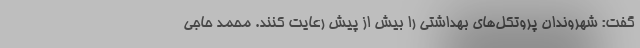
گفت: شهروندان پروتکل‌های بهداشتی را بیش از پیش رعایت کنند. محمد حاجی